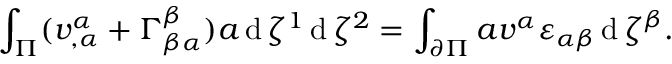
\int _ { \Pi } ( v _ { , \alpha } ^ { \alpha } + \Gamma _ { \beta \alpha } ^ { \beta } ) a \operatorname { d } \zeta ^ { 1 } \operatorname { d } \zeta ^ { 2 } = \int _ { \partial \Pi } a v ^ { \alpha } \varepsilon _ { \alpha \beta } \operatorname { d } \zeta ^ { \beta } .